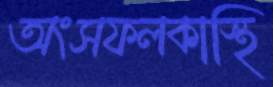
অংসফলকাস্থি